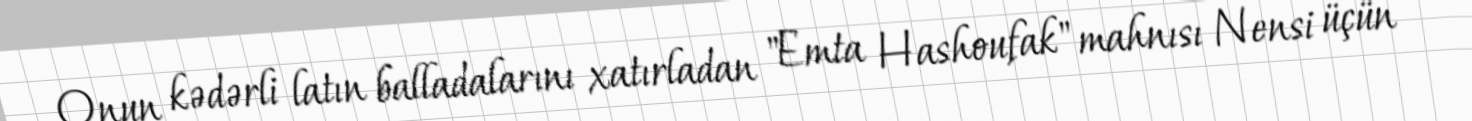
Onun kədərli latın balladalarını xatırladan "Emta Hashoufak" mahnısı Nensi üçün